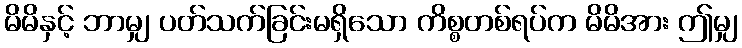
မိမိနှင့် ဘာမျှ ပတ်သက်ခြင်းမရှိသော ကိစ္စတစ်ရပ်က မိမိအား ဤမျှ